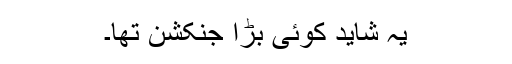
یہ شاید کوئی بڑا جنکشن تھا۔